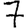
Digit: 7